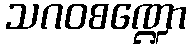
သဂဝစဏ္ဍော